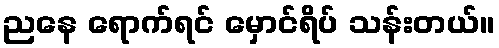
ညနေ ရောက်ရင် မှောင်ရိပ် သန်းတယ်။